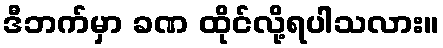
ဒီဘက်မှာ ခဏ ထိုင်လို့ရပါသလား။